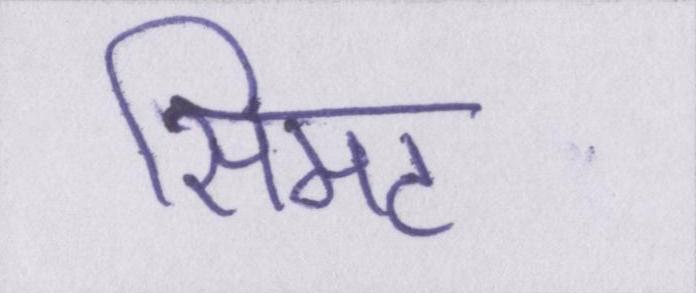
सिमट